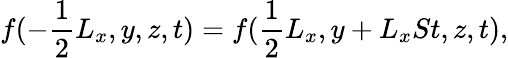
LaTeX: f(-\frac{1}{2}L_{x},y,z,t)=f(\frac{1}{2}L_{x},y+L_{x}St,z,t),